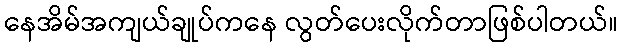
နေအိမ်အကျယ်ချုပ်ကနေ လွတ်ပေးလိုက်တာဖြစ်ပါတယ်။